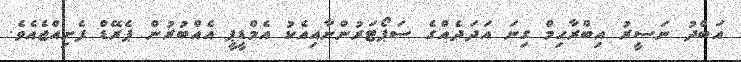
އަބްދު ނަސީރު އިބްރާހިމް ގިނަ އަދަދެއްގެ ސަޕޯޓަރުންނާއިއެކު އެމްޑީޕީ އެއްބުރުން ޕެރޭޑް ފެށިއްޖެއެވެ.